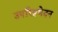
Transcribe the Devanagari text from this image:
उपरिष्ठभेदन